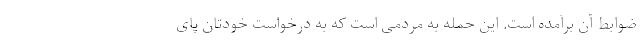
ضوابط آن برآمده است. این حمله به مردمی است که به درخواست خودتان پای